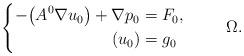
LaTeX: \begin{align*}\left \{\aligned- \big (A^0\nabla u_0 \big) +\nabla p_0 &= F_0, \\ (u_0) & = g_0\endaligned\right.\qquad \ \Omega.\end{align*}